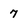
Character: 7